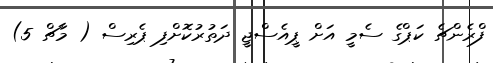
ފްރެންޗެ ކަޕްގެ ސެމީ އަށް ޕީއެސްޖީ ދަތުރުކޮށްފި ޕެރިސް ( މާޗް 5)